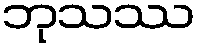
ဘုသဿ